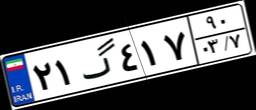
۲۱گ۴۱۷۹۰